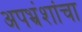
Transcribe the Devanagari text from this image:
अपभ्रंशांचा